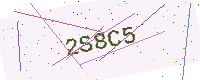
Text: 2S8C5